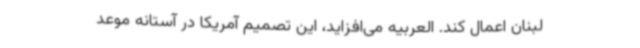
لبنان اعمال کند. العربیه می‌افزاید، این تصمیم آمریکا در آستانه موعد